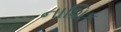
નાશિક